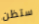
ستظن